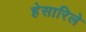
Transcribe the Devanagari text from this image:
हेसारिले